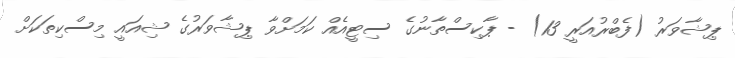
ޕިޝާވަރު (ފެބްރުއަރީ 13) - ޕާކިސްތާނުގެ ސިޓީއެއް ކަމަށްވާ ޕިޝާވަރުގެ ޝިއައީ މިސްކިތަކަށް